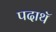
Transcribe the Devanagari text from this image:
पदाथॅ